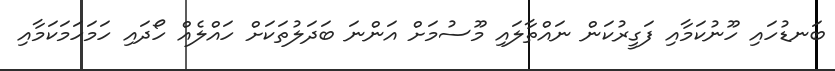
ބަނޑުހައި ހޫނުކަމާއި ފަގީރުކަން ނައްތާލައި މޫސުމަށް އަންނަ ބަދަލުތަކަށް ހައްލެއް ހޯދައި ހަމަހަމަކަމާއި